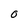
Character: O